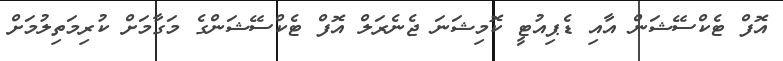
އޮފް ޓެކްސޭޝަން އާއި ޑެޕިއުޓީ ކޮމިޝަނަ ޖެނެރަލް އޮފް ޓެކްސޭޝަންގެ މަގާމަށް ކުރިމަތިލުމަށް